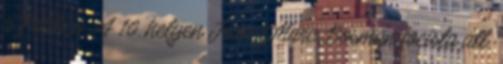
a Politico. A 10. helyen Jean-Marc Bosman focista áll,